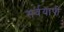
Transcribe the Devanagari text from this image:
सर्वयापी